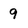
Character: 9